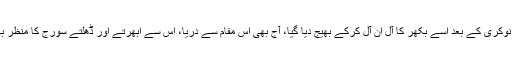
35 برس اکبر کی نوکری کے بعد اسے بکھر کا آل اِن آل کرکے بھیج دیا گیا، آج بھی اس مقام سے دریا، اس سے ابھرتے اور ڈھلتے سورج کا منظر بہت دلکش لگتا ہے۔